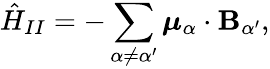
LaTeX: {\hat{H}}_{II}=-\sum_{\alpha\neq\alpha^{\prime}}{\boldsymbol{\mu}}_{\alpha}\cdot\mathbf{B}_{\alpha^{\prime}},